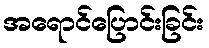
အရောင်ပြောင်းခြင်း